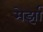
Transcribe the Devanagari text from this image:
मेर्झा